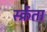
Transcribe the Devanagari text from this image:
स्क्रेंता